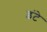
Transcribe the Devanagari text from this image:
इंटे